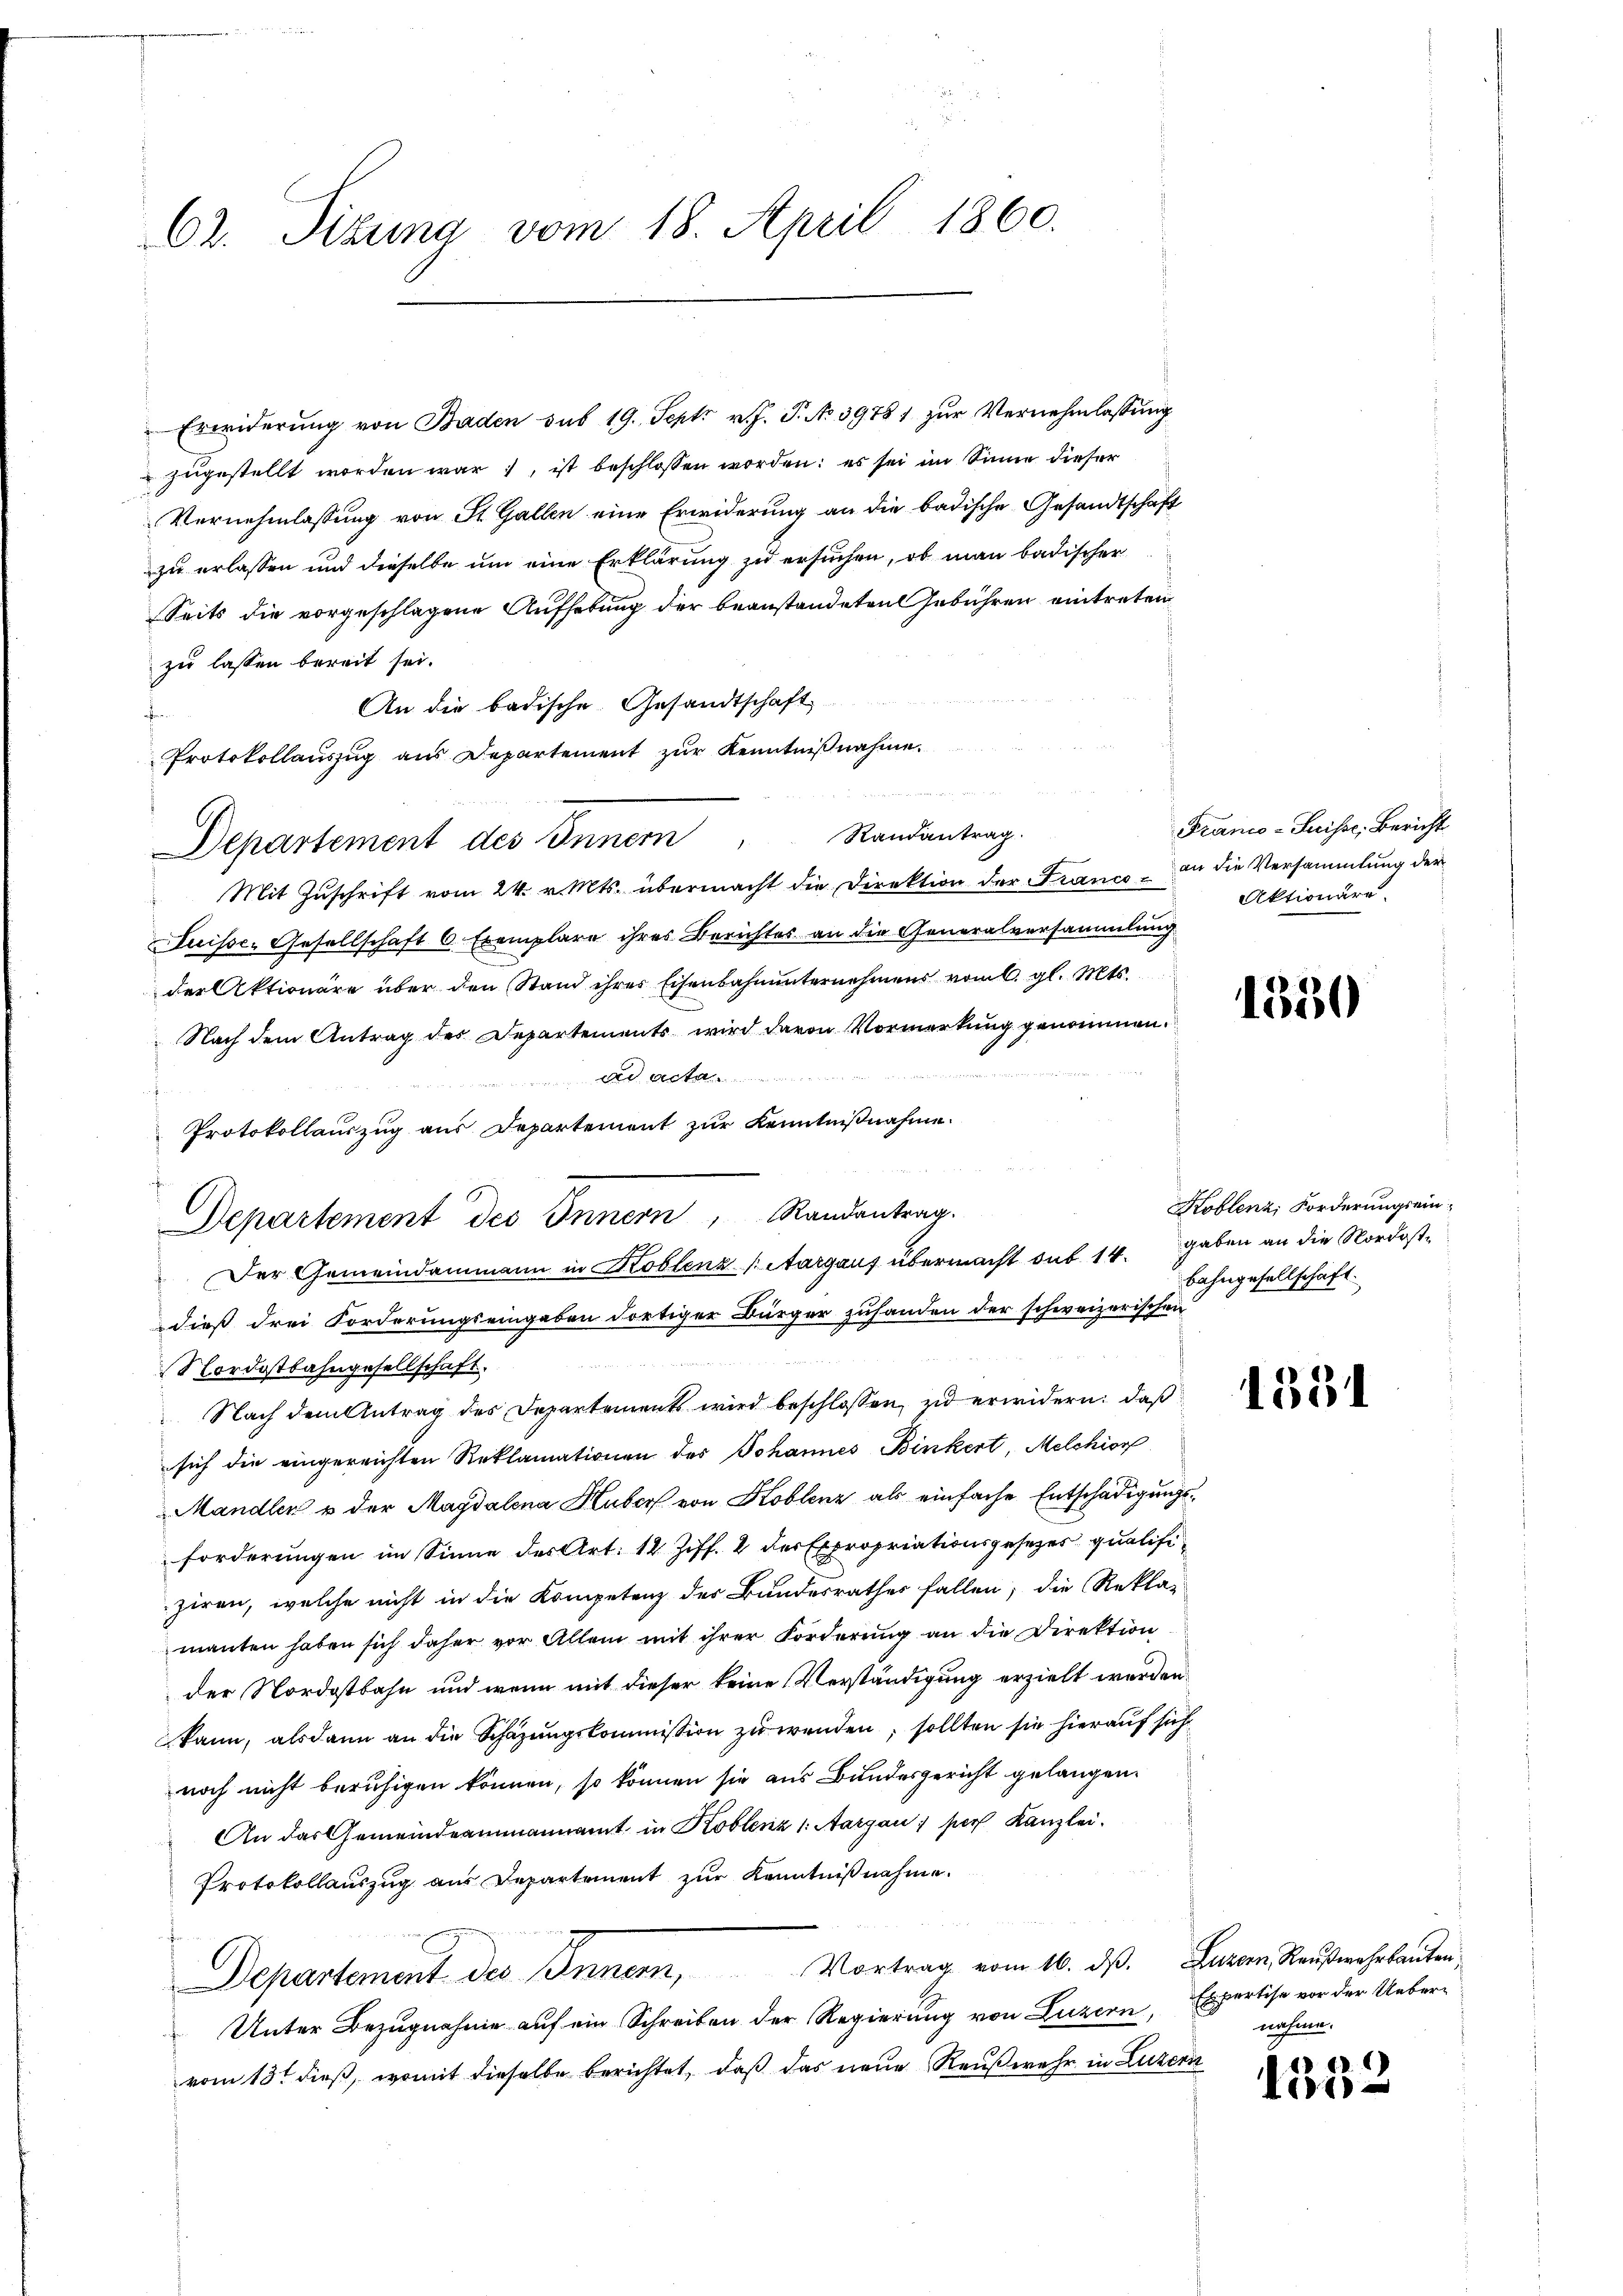
62. Sizung vom 18. April 1860.

.
Mit Zuschrift vom 24. v. Mts. übermacht die Direktion der Franco - an die Versammlung der
Suisse. Gesellschaft 6 Exemplare ihres Berichtes an die Generalversammlung
der Aktionäre über den Stand ihres Eisenbahnunternehmens vom 6. gl. Mts.
Nach dem Antrag des Departements wird davon Vormerkung genommen.
ad acta
Protokollauszug aus Departement zur Kenntnißnahme.
Departement des Innern Randantrag.
Der Gemeindammann in Koblenz (Aargaus übermacht sub 14. gaben an die Nordostdieß drei Forderungseingaben dortiger Bürger zuhanden der schweizerischen
Nordostbahngesellschaft.
Nach dem Antrag des Departements wird beschlossen, id erwidern: daß
sich die eingereichten Reklamationen des Johannes Binkert, Melchion
Mandler u der Magdalena Huber von Koblenz als einfache Entschädigungsforderungen im Sinne des Art. 12 Ziff. 4 der Expropriationsgesetzes qualifiziren, welche nicht in die Kompetenz des Bundesrathes fallen; die Rekla-
manten haben sich daher vor Allem mit ihrer Forderung an die Direktion
der Nordostbahn und wenn mit dieser keine Verständigung erzielt werden.
kann, alsdann an die Schazungskommission zu wenden, sollten sie hierauf sich
noch nicht beruhigen können, so können sie aus Bundesgericht gelangen.
An das Gemeindeammannamt in Koblenz 1. Aargau, per Kanzlei.
Protokollauszug aus Departement zur Kenntnißnahme.
Departement des Inner, Vortrag vom 10. ds. Baron Hauswahrlauten,
Unter Bezugnahme auf ein Schreiben der Regierung von Luzern, Expertise vor der Uebervom 13t dieß, womit dieselbe berichtet, daß das neue Reußwuhr in Luzern

Erwiderung von Baden sub 19. Sept v. J. P. No. 39781 zur Vernehmlassung
 zugestellt worden war, ist beschlossen worden; es sei im Sinne dieser
Vernehmlassung von St. Gallen eine Erwiderung an die badische Gesandtschaft
zu erlassen und dieselbe um eine Erklärung zu ersuchen, ob man badischer
Seits die vorgeschlagene Aufhebung der beanstandeten Gebühren eintreten
zu lassen bereit sei.
An die badische Gesandtschaft
Protokollauszug aus Departement zur Kenntnißnahme.
Departement des Innern Randantrag.

Franco-Suisse, Bericht
Aktionäre.

1530

Koblenz, Forderungsein¬
Bahngesellschaft.

1351

nahme.

1812.
Tre